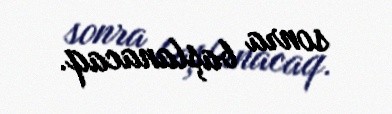
sonra başlanacaq.